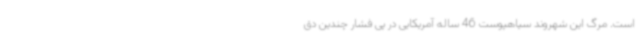
است. مرگ این شهروند سیاهپوست 46 ساله آمریکایی در پی فشار چندین دق